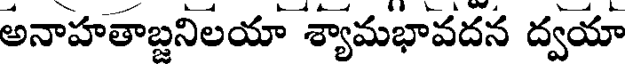
అనాహతాబ్దనిలయా శ్యామభావదన ద్వయా